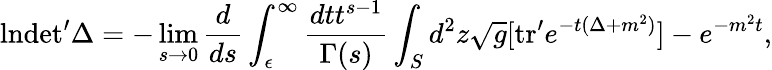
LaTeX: \mathrm{ln}\mathrm{det^{\prime}}\Delta=-\operatorname*{lim}_{s\to 0}{\frac{d}{ds}}\int_{\epsilon}^{\infty}{\frac{dtt^{s-1}}{\Gamma(s)}}\int_{S}d^{2}z{\sqrt{g}}[\mathrm{tr^{\prime}}e^{-t(\Delta+m^{2})}]-e^{-m^{2}t},